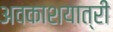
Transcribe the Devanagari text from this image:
अवकाशयात्री